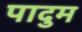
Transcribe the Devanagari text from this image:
पादुम